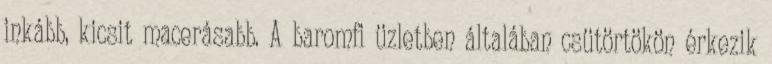
inkább, kicsit macerásabb. A baromfi üzletben általában csütörtökön érkezik